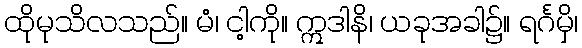
ထိုမုသိလသည်။ မံ၊ ငါ့ကို။ ဣဒါနိ၊ ယခုအခါ၌။ ရင်္ဂမှိ၊